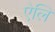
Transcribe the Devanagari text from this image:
ऐलि